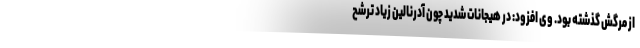
از مرگش گذشته بود. وی افزود: در هیجانات شدید چون آدرنالین زیاد ترشح